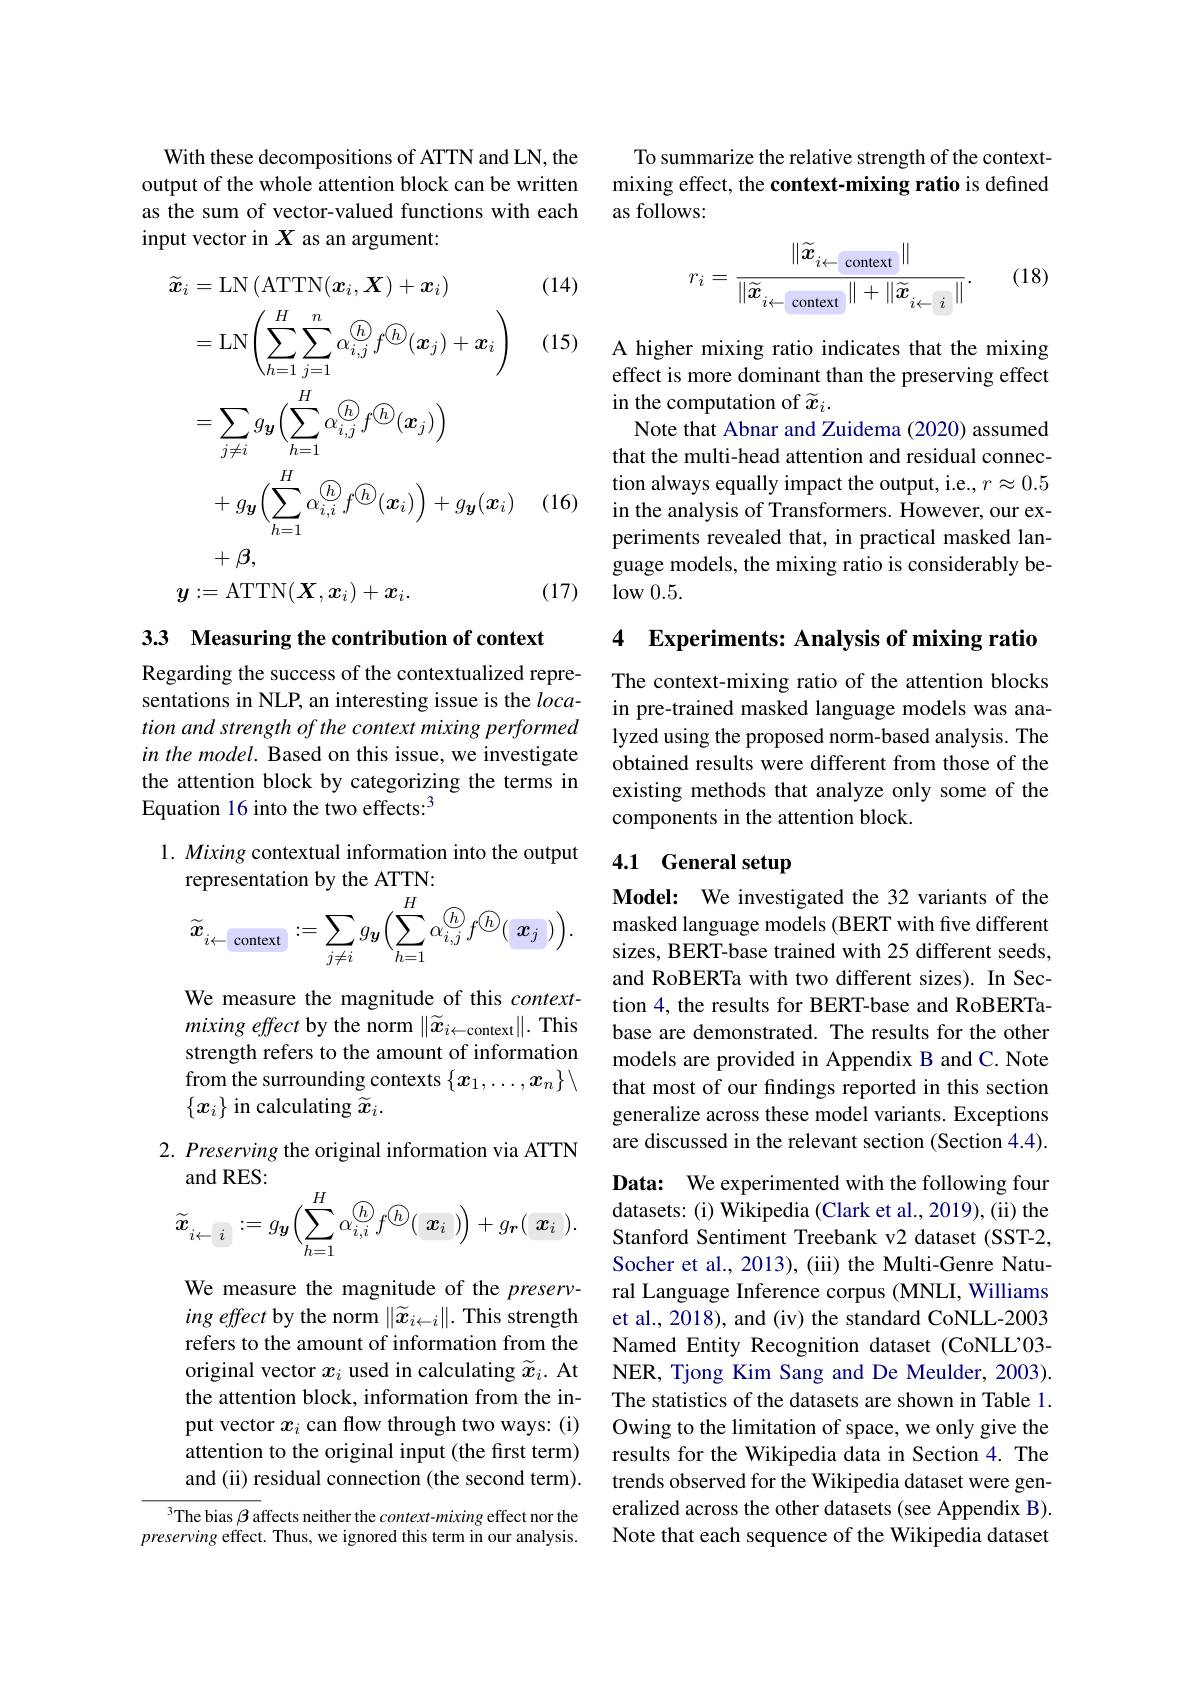
With these decompositions of ATTN and LN, the output of the whole attention block can be written as the sum of vector-valued functions with each input vector in $X$ as an argument:

(14)

(15)
$$\begin{aligned}\widetilde{\boldsymbol{x}}_{i}&=\mathrm{LN}\left(\mathrm{ATTN}(\boldsymbol{x}_i,\boldsymbol{X})+\boldsymbol{x}_i\right)\\&=\mathrm{LN}\left(\sum_{h=1}^H\sum_{j=1}^n\alpha_{i,j}^{\textcircled{h}}f^{\textcircled{h}}(\boldsymbol{x}_j)+\boldsymbol{x}_i\right)\\&=\sum_{j\neq i}g_{\boldsymbol{y}}\left(\sum_{h=1}^H\alpha_{i,j}^{\textcircled{h}}f^{\textcircled{h}}(\boldsymbol{x}_j)\right)\\&+g_{\boldsymbol{y}}\left(\sum_{h=1}^H\alpha_{i,i}^{\textcircled{h}}f^{\textcircled{h}}(\boldsymbol{x}_i)\right)+g_{\boldsymbol{y}}(\boldsymbol{x}_i)\\&+\boldsymbol{\beta},\\\boldsymbol{y}&:=\mathrm{ATTN}(\boldsymbol{X},\boldsymbol{x}_i)+\boldsymbol{x}_i.\end{aligned}$$
(16)

(17)

33 Measuring the contribution of context

Regarding the success of the contextualized representations in NLP, an interesting issue is the $loca-$ tion and strength of the context mixing performed in the model. Based on this issue, we investigate the attention block by categorizing the terms in Equation 16 into the two effects:$^{3}$

1. Mixing contextual information into the output
representation by the ATTN:
$$\widetilde{\boldsymbol{x}}_{i\leftarrow\text{context}}:=\sum_{j\neq i}g_{\boldsymbol{y}}\Big(\sum_{h=1}^{H}\alpha_{i,j}^{\textcircled{h}}f^{\textcircled{h}}(\:\boldsymbol{x}_{j}\:)\Big).$$
We measure the magnitude of this contextmixing effect by the norm $\|\widetilde{x}_{i\leftarrow\mathrm{context}}\|.$ This strength refers to the amount of information from the surrounding contexts $\{x_1,\ldots,x_n\}\setminus$ $\{x_i\}$ in calculating $\widetilde{x}_i.$

2. Preserving the original information via ATTN
### and RES:
$$\text{and NLS.}\\\widetilde{\boldsymbol{x}}_{i\leftarrow\:i}:=g_{\boldsymbol{y}}\Big(\sum_{h=1}^{H}\alpha_{i,i}^{\textcircled{h}}f^{\textcircled{h}}(\begin{array}{c}\boldsymbol{x}_{i}\end{array})\Big)+g_{\boldsymbol{r}}(\begin{array}{c}\boldsymbol{x}_{i}\end{array}).$$
We measure the magnitude of the preserving effect by the norm $\|\widetilde x_{i\leftarrow i}\|.$ This strength refers to the amount of information from the original vector $x_i$ used in calculating $\widetilde{x}_i.$ At the attention block, information from the input vector $x_i$ can flow through two ways: (i) attention to the original input (the first term) and (ii) residual connection (the second term).

$^{3}$The bias $\beta$ affects neither the context-mixing effect nor the preserving effect. Thus, we ignored this term in our analysis.

To summarize the relative strength of the contextmixing effect, the context-mixing ratio is defined as follows:

(18)
$$r_i=\frac{\|\widetilde{\boldsymbol{x}}_{i\leftarrow\mathrm{~context}}\|}{\|\widetilde{\boldsymbol{x}}_{i\leftarrow\mathrm{~context}}\|+\|\widetilde{\boldsymbol{x}}_{i\leftarrow\mathrm{~i}}\|}.$$
A higher mixing ratio indicates that the mixing effect is more dominant than the preserving effect in the computation of $\widetilde{x}_i.$
Note that Abnar and Zuidema (2020) assumed that the multi-head attention and residual connection always equally impact the output, i.e., $r\approx0.5$ in the analysis of Transformers. However, our experiments revealed that, in practical masked language models, the mixing ratio is considerably be- $\log_{\mathrm{w}}0.5.$

4 Experiments: Analysis of mixing ratio

The context-mixing ratio of the attention blocks in pre-trained masked language models was analyzed using the proposed norm-based analysis. The obtained results were different from those of the existing methods that analyze only some of the components in the attention block.

## 4.1 General setup

Model: We investigated the 32 variants of the masked language models (BERT with five different sizes, BERT-base trained with 25 different seeds, and RoBERTa with two different sizes). In Section 4, the results for BERT-base and RoBERTabase are demonstrated. The results for the other models are provided in Appendix B and C. Note that most of our findings reported in this section generalize across these model variants. Exceptions are discussed in the relevant section (Section 4.4).

Data: We experimented with the following four datasets: (i) Wikipedia (Clark et al., 2019), (ii) the Stanford Sentiment Treebank v2 dataset (SST-2, Socher et al., 2013), (iii) the Multi-Genre Natural Language Inference corpus (MNLI, Williams et al., 2018), and (iv) the standard CoNLL-2003 Named Entity Recognition dataset (CoNLL'03- NER, Tjong Kim Sang and De Meulder, 2003). The statistics of the datasets are shown in Table 1. Owing to the limitation of space, we only give the results for the Wikipedia data in Section 4. The trends observed for the Wikipedia dataset were generalized across the other datasets (see Appendix B). Note that each sequence of the Wikipedia dataset